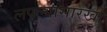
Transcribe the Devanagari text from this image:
लपल्यासारखी